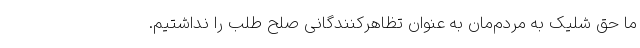
ما حق شلیک به مردم‌مان به عنوان تظاهرکنندگانی صلح طلب را نداشتیم.